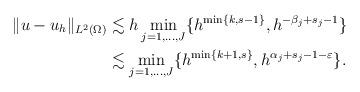
LaTeX: \begin{align*}\|u - u_h\|_{L^2(\Omega)} & \lesssim h \min_{j=1,\ldots,J} \{h^{\min\{k,s-1\}}, h^{-\beta_j + s_j-1}\} \\& \lesssim \min_{j=1,\ldots,J} \{h^{\min\{k+1,s\}}, h^{\alpha_j + s_j-1-\varepsilon}\}. \end{align*}